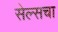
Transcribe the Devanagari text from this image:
सेल्सचा